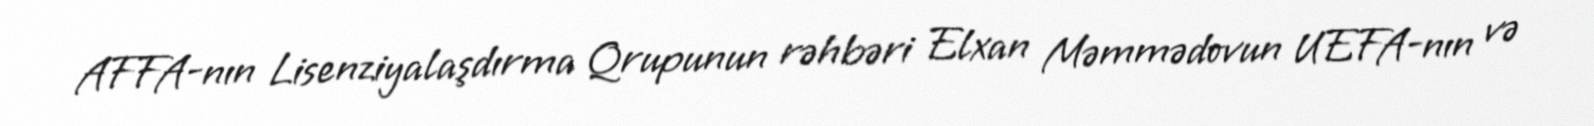
AFFA-nın Lisenziyalaşdırma Qrupunun rəhbəri Elxan Məmmədovun UEFA-nın və